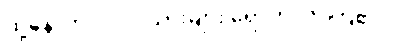
ထို့နောက် ပုလိပ်သားများ ရောက်လာကြ၏။